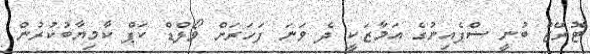
ޓޮރޭޒް ބުނީ ސްޕެއިނުގެ އަމާޒަކީ ދެ ވަނަ ފަހަރަށް ވޯލްޑް ކަޕް ކާމިޔާބުކުރުން